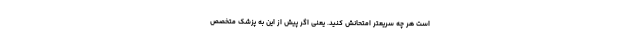
است هر چه سریعتر امتحانش کنید. یعنی اگر پیش از این به پزشک متخصص